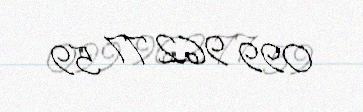
099 962 77 59